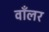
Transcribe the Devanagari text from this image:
वाँलर